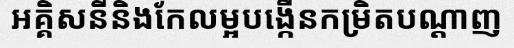
អគ្គិសនីនិងកែលម្អបង្កើនកម្រិតបណ្តាញ